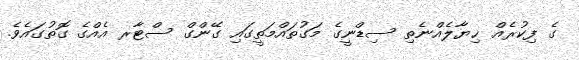
ގެ ފިކުރެއް ޚިޔާލެއްނެތި ސިޑްނީގެ މަގުތައްމަތީގައި ގޭންގް ސްޓާރ އެއްގެ ގޮތުގައެވެ.